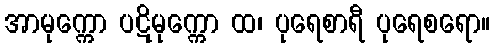
အာမုက္ကော ပဋိမုက္ကော ထ၊ ပုရေစာရီ ပုရေစရော။